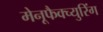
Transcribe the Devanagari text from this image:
मेनूफैक्च्युरिंग